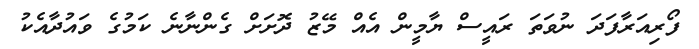
ފޯރިއަރާފަދަ ނުވަތަ ރައީސް ޔާމީން އެއް މޭޒު ދޮށަށް ގެންނާނެ ކަމުގެ ވައުދާއެކު